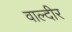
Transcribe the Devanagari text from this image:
वाल्दीर